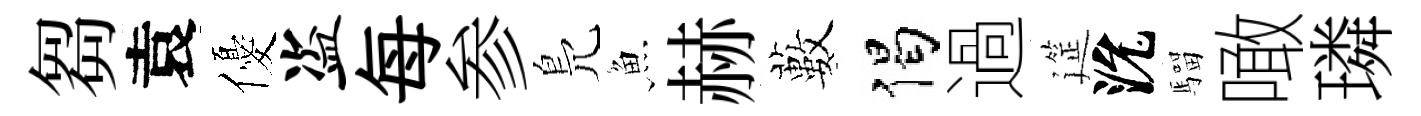
芻袁優盗每参鳬魚赫藪偈過筵沇騮噉璘